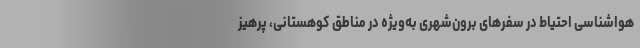
هواشناسی احتیاط در سفرهای برون‌شهری به‌ویژه در مناطق کوهستانی، پرهیز